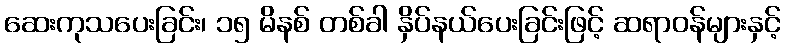
ဆေးကုသပေးခြင်း၊ ၁၅ မိနစ် တစ်ခါ နှိပ်နယ်ပေးခြင်းဖြင့် ဆရာဝန်များနှင့်